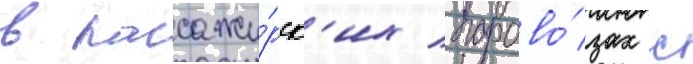
в пассажи́рск'их парово́зах с